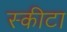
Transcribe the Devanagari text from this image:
स्कीटा